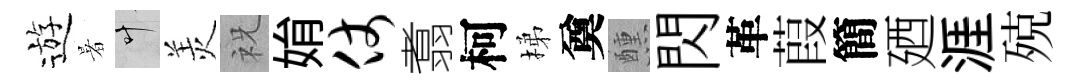
遊暑叶羙祝姢仗翥柯梯奠醺閃革葭簡廼涯殑